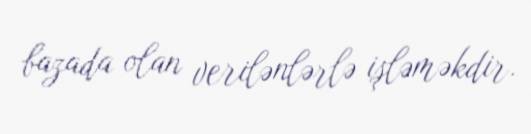
bazada olan verilənlərlə işləməkdir.